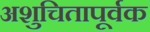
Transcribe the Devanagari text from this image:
अशुचितापूर्वक